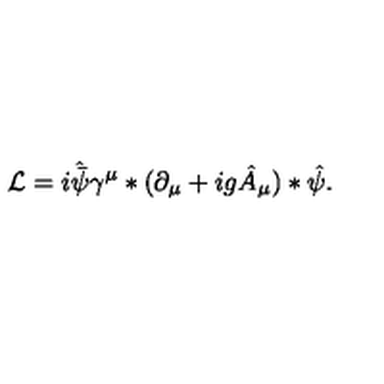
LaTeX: { \cal L } = i \hat { \bar { \psi } } \gamma ^ { \mu } * ( \partial _ { \mu } + i g \hat { A } _ { \mu } ) * \hat { \psi } .